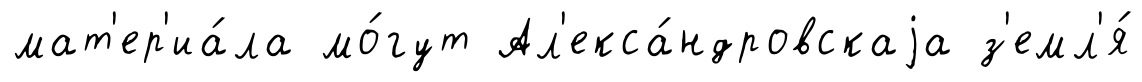
мат'ер'иа́ла мо́гут Ал'екса́ндровскаjа з'емл'я́